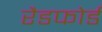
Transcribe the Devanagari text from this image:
रैडफोर्ड